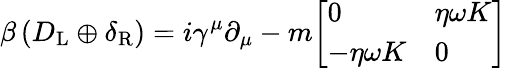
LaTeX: \beta\left(D_{\mathrm{{L}}}\oplus\delta_{\mathrm{{R}}}\right)=i\gamma^{\mu}\partial_{\mu}-m{\left[\begin{array}{ll}{0}&{\eta\omega K}\\ {-\eta\omega K}&{0}\end{array}\right]}